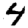
Digit: 4